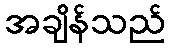
အချိန်သည်